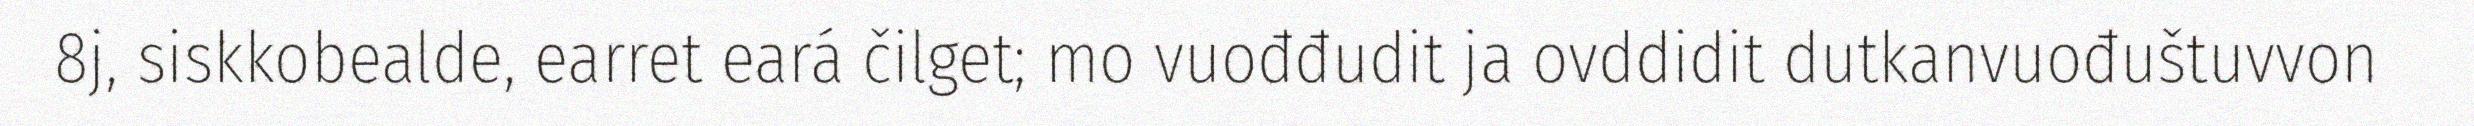
8j, siskkobealde, earret eará čilget; mo vuođđudit ja ovddidit dutkanvuođuštuvvon